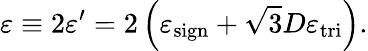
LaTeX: \varepsilon\equiv 2\varepsilon^{\prime}=2\left(\varepsilon_{\mathrm{sign}}+\sqrt{3}D\varepsilon_{\mathrm{tri}}\right).